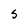
Character: S